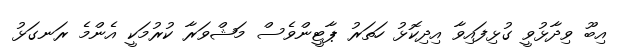
އިބޫ ވިދާޅުވީ ގުޅިފައިވާ އިދިކޮޅު ހަތަރު ޕާޓީންވެސް މަޝްވަރާ ކުރުމަކީ އެންމެ ރަނގަޅު